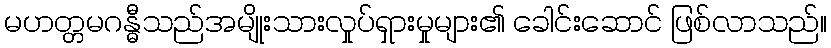
မဟတ္တမဂန္ဓီသည်အမျိုးသားလှုပ်ရှားမှုများ၏ ခေါင်းဆောင် ဖြစ်လာသည်။